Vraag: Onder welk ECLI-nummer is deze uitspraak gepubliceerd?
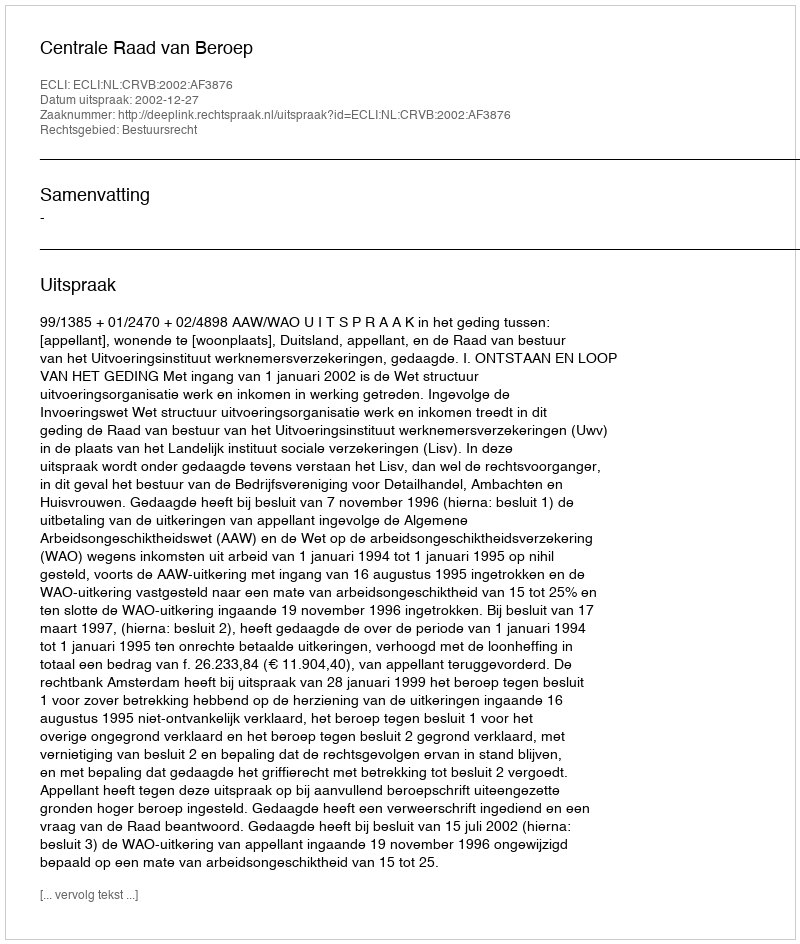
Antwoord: ECLI:NL:CRVB:2002:AF3876